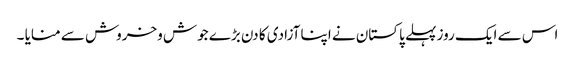
اس سے ایک روز پہلے پاکستان نے اپنا آزادی کا دن بڑے جوش وخروش سے منایا ۔